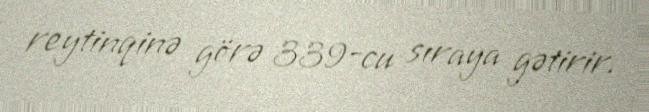
reytinqinə görə 339-cu sıraya gətirir.